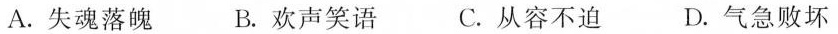
A.失魂落魄 B.欢声笑语 C.从容不迫 D.气急败坏